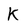
Character: K